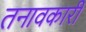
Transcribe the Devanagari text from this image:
तनावकारी